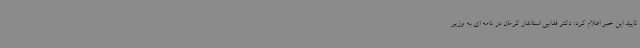
تایید این خبر اعلام کرد: دکتر فدایی استاندار کرمان در نامه ای به وزیر